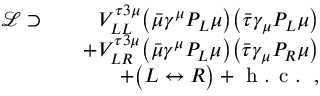
\begin{array} { r l r } { \mathcal { L } \supset } & { } & { V _ { L L } ^ { \tau 3 \mu } \big ( \bar { \mu } \gamma ^ { \mu } P _ { L } \mu \big ) \big ( \bar { \tau } \gamma _ { \mu } P _ { L } \mu \big ) } \\ & { } & { + V _ { L R } ^ { \tau 3 \mu } \big ( \bar { \mu } \gamma ^ { \mu } P _ { L } \mu \big ) \big ( \bar { \tau } \gamma _ { \mu } P _ { R } \mu \big ) } \\ & { } & { + \big ( L \leftrightarrow R \big ) + \textrm { h . c . } \, , } \end{array}